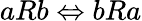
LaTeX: aRb\Leftrightarrow bRa